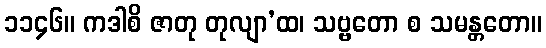
၁၁၄၆။ ကဒါစိ ဇာတု တုလျာ’ထ၊ သဗ္ဗတော စ သမန္တတော။